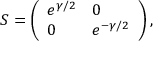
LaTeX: S = \left( \begin{array} { l l } { { e ^ { \gamma / 2 } } } & { { 0 } } \\ { { 0 } } & { { e ^ { - \gamma / 2 } } } \end{array} \right) ,